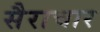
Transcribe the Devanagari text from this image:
सैराचार